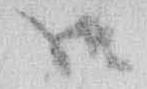
御